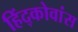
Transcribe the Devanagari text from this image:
हिंद्कोवांस